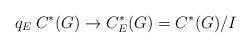
LaTeX: \begin{align*}q_E\:C^*(G)\to C^*_E(G)=C^*(G)/I\end{align*}